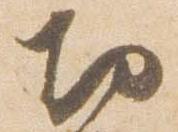
切